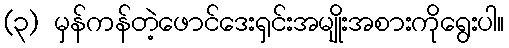
(၃) မှန်ကန်တဲ့ဖောင်ဒေးရှင်းအမျိုးအစားကိုရွေးပါ။